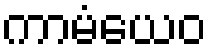
ကာမံယေဝ